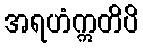
အရဟံဣတိပိ